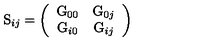
\mathrm { S } _ { i j } = \left( \begin{array} { c c } { \mathrm { G } _ { 0 0 } } & { \mathrm { G } _ { 0 j } } \\ { \mathrm { G } _ { i 0 } } & { \mathrm { G } _ { i j } } \\ \end{array} \right)